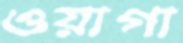
ওয়াগা